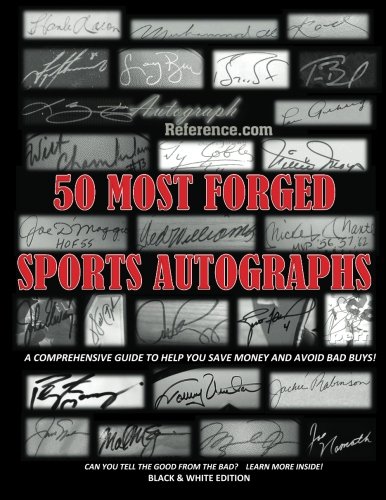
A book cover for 50 Most Forged Sports Autographs - Autograph Reference Guide: Black and White Edition; Autograph Reference; Crafts, Hobbies & Home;